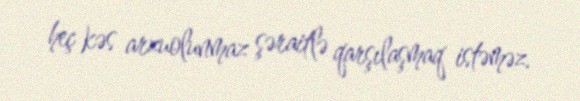
heç kəs arzuolunmaz şəraitlə qarşılaşmaq istəməz.